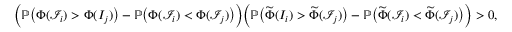
\begin{array} { r } { \Big ( \mathbb { P } \big ( \Phi ( \mathcal { I } _ { i } ) > \Phi ( I _ { j } ) \big ) - \mathbb { P } \big ( \Phi ( \mathcal { I } _ { i } ) < \Phi ( \mathcal { I } _ { j } ) \big ) \Big ) \Big ( \mathbb { P } \big ( \widetilde { \Phi } ( I _ { i } ) > \widetilde { \Phi } ( \mathcal { I } _ { j } ) \big ) - \mathbb { P } \big ( \widetilde { \Phi } ( \mathcal { I } _ { i } ) < \widetilde { \Phi } ( \mathcal { I } _ { j } ) \big ) \Big ) > 0 , } \end{array}